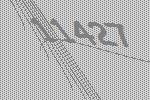
11427